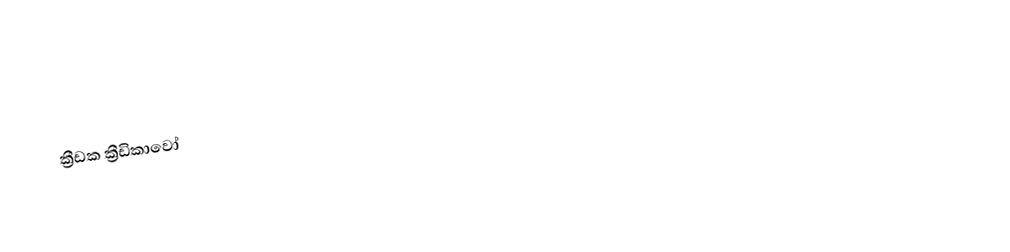
ක්‍රීඩක ක්‍රීඩිකාවෝ